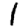
Digit: 1